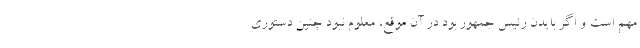
مهم است و اگر بایدن رئیس جمهور بود در آن موقع، معلوم نبود چنین دستوری